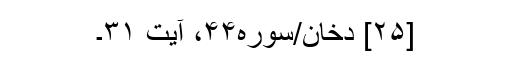
[۲۵] دخان/سوره۴۴، آیت ۳۱۔